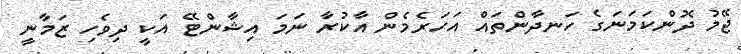
ޖޭމު ދޮންކަމަނަގެ ހަނދާންތައް އަހަރެމެން އާކުރާ ނަމަ އިޝާންޓޭ އަކީ ދިވެހި ޒަމާނީ